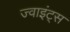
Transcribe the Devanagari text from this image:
ज्वाइंट्स